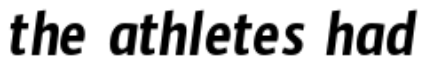
the athletes had